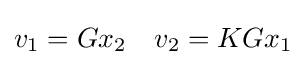
v_{1}=Gx_{2}\quad v_{2}=KGx_{1}